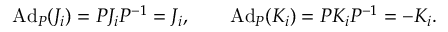
\mathrm { A d } _ { P } ( J _ { i } ) = P J _ { i } P ^ { - 1 } = J _ { i } , \qquad \mathrm { A d } _ { P } ( K _ { i } ) = P K _ { i } P ^ { - 1 } = - K _ { i } .